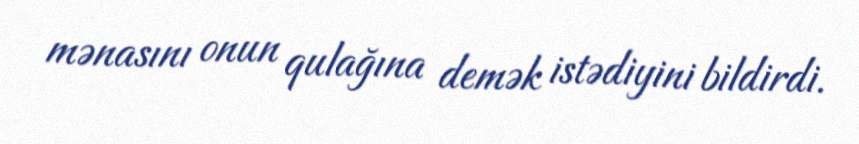
mənasını onun qulağına demək istədiyini bildirdi.